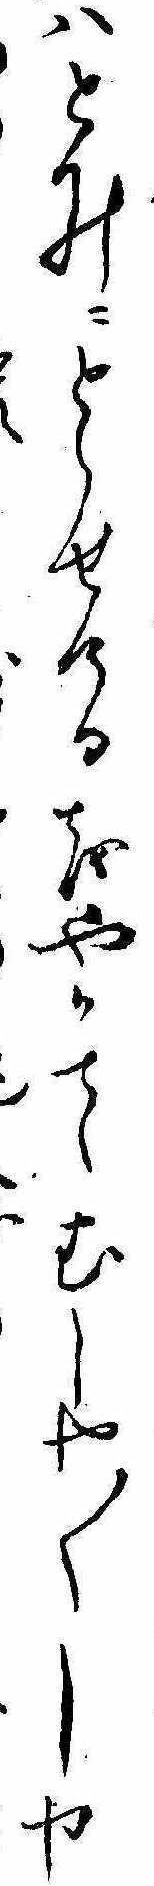
はとみにとらせけるをやかてむしや〱しや